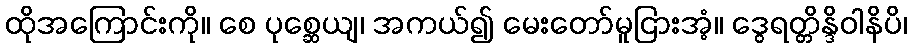
ထိုအကြောင်းကို။ စေ ပုစ္ဆေယျ၊ အကယ်၍ မေးတော်မူငြားအံ့။ ဒွေရတ္တိန္ဒိဝါနိပိ၊